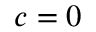
c = 0